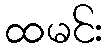
ထမင်း